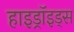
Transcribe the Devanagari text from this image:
हाइड्रॉइड्स